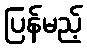
ပြန်မည့်